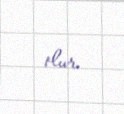
olur.